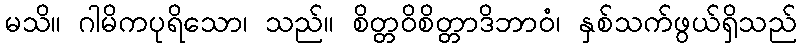
မသိ။ ဂါမိကပုရိသော၊ သည်။ စိတ္တဝိစိတ္တာဒိဘာဝံ၊ နှစ်သက်ဖွယ်ရှိသည်